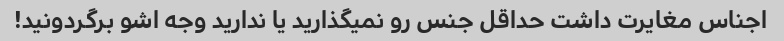
اجناس مغایرت داشت حداقل جنس رو نمیگذارید یا ندارید وجه اشو برگردونید!